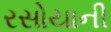
રસોયાની